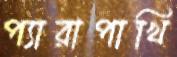
প্যারাপাখি